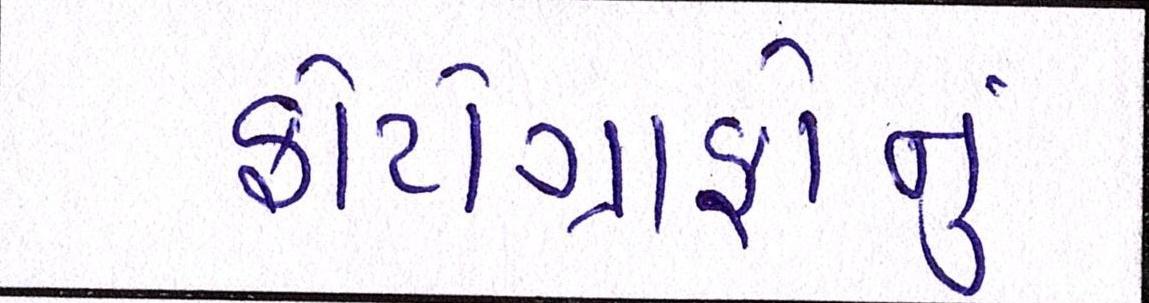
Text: ફોટોગ્રાફોનું